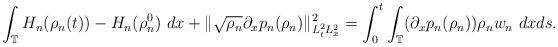
LaTeX: \begin{align*} \int_{\mathbb{T}} H_{n}(\rho_{n}(t)) - H_{n}(\rho_{n}^{0})~dx + \| \sqrt{\rho_{n}} \partial_{x} p_{n}(\rho_{n})\|^{2}_{L^{2}_{t}L^{2}_{x}} = \int_{0}^{t} \int_{\mathbb{T}} (\partial_{x}p_{n}(\rho_{n})) \rho_{n}w_{n} ~dxds. \end{align*}